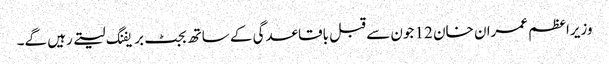
وزیراعظم عمران خان 12 جون سے قبل باقاعدگی کے ساتھ بجٹ بریفنگ لیتے رہیں گے۔